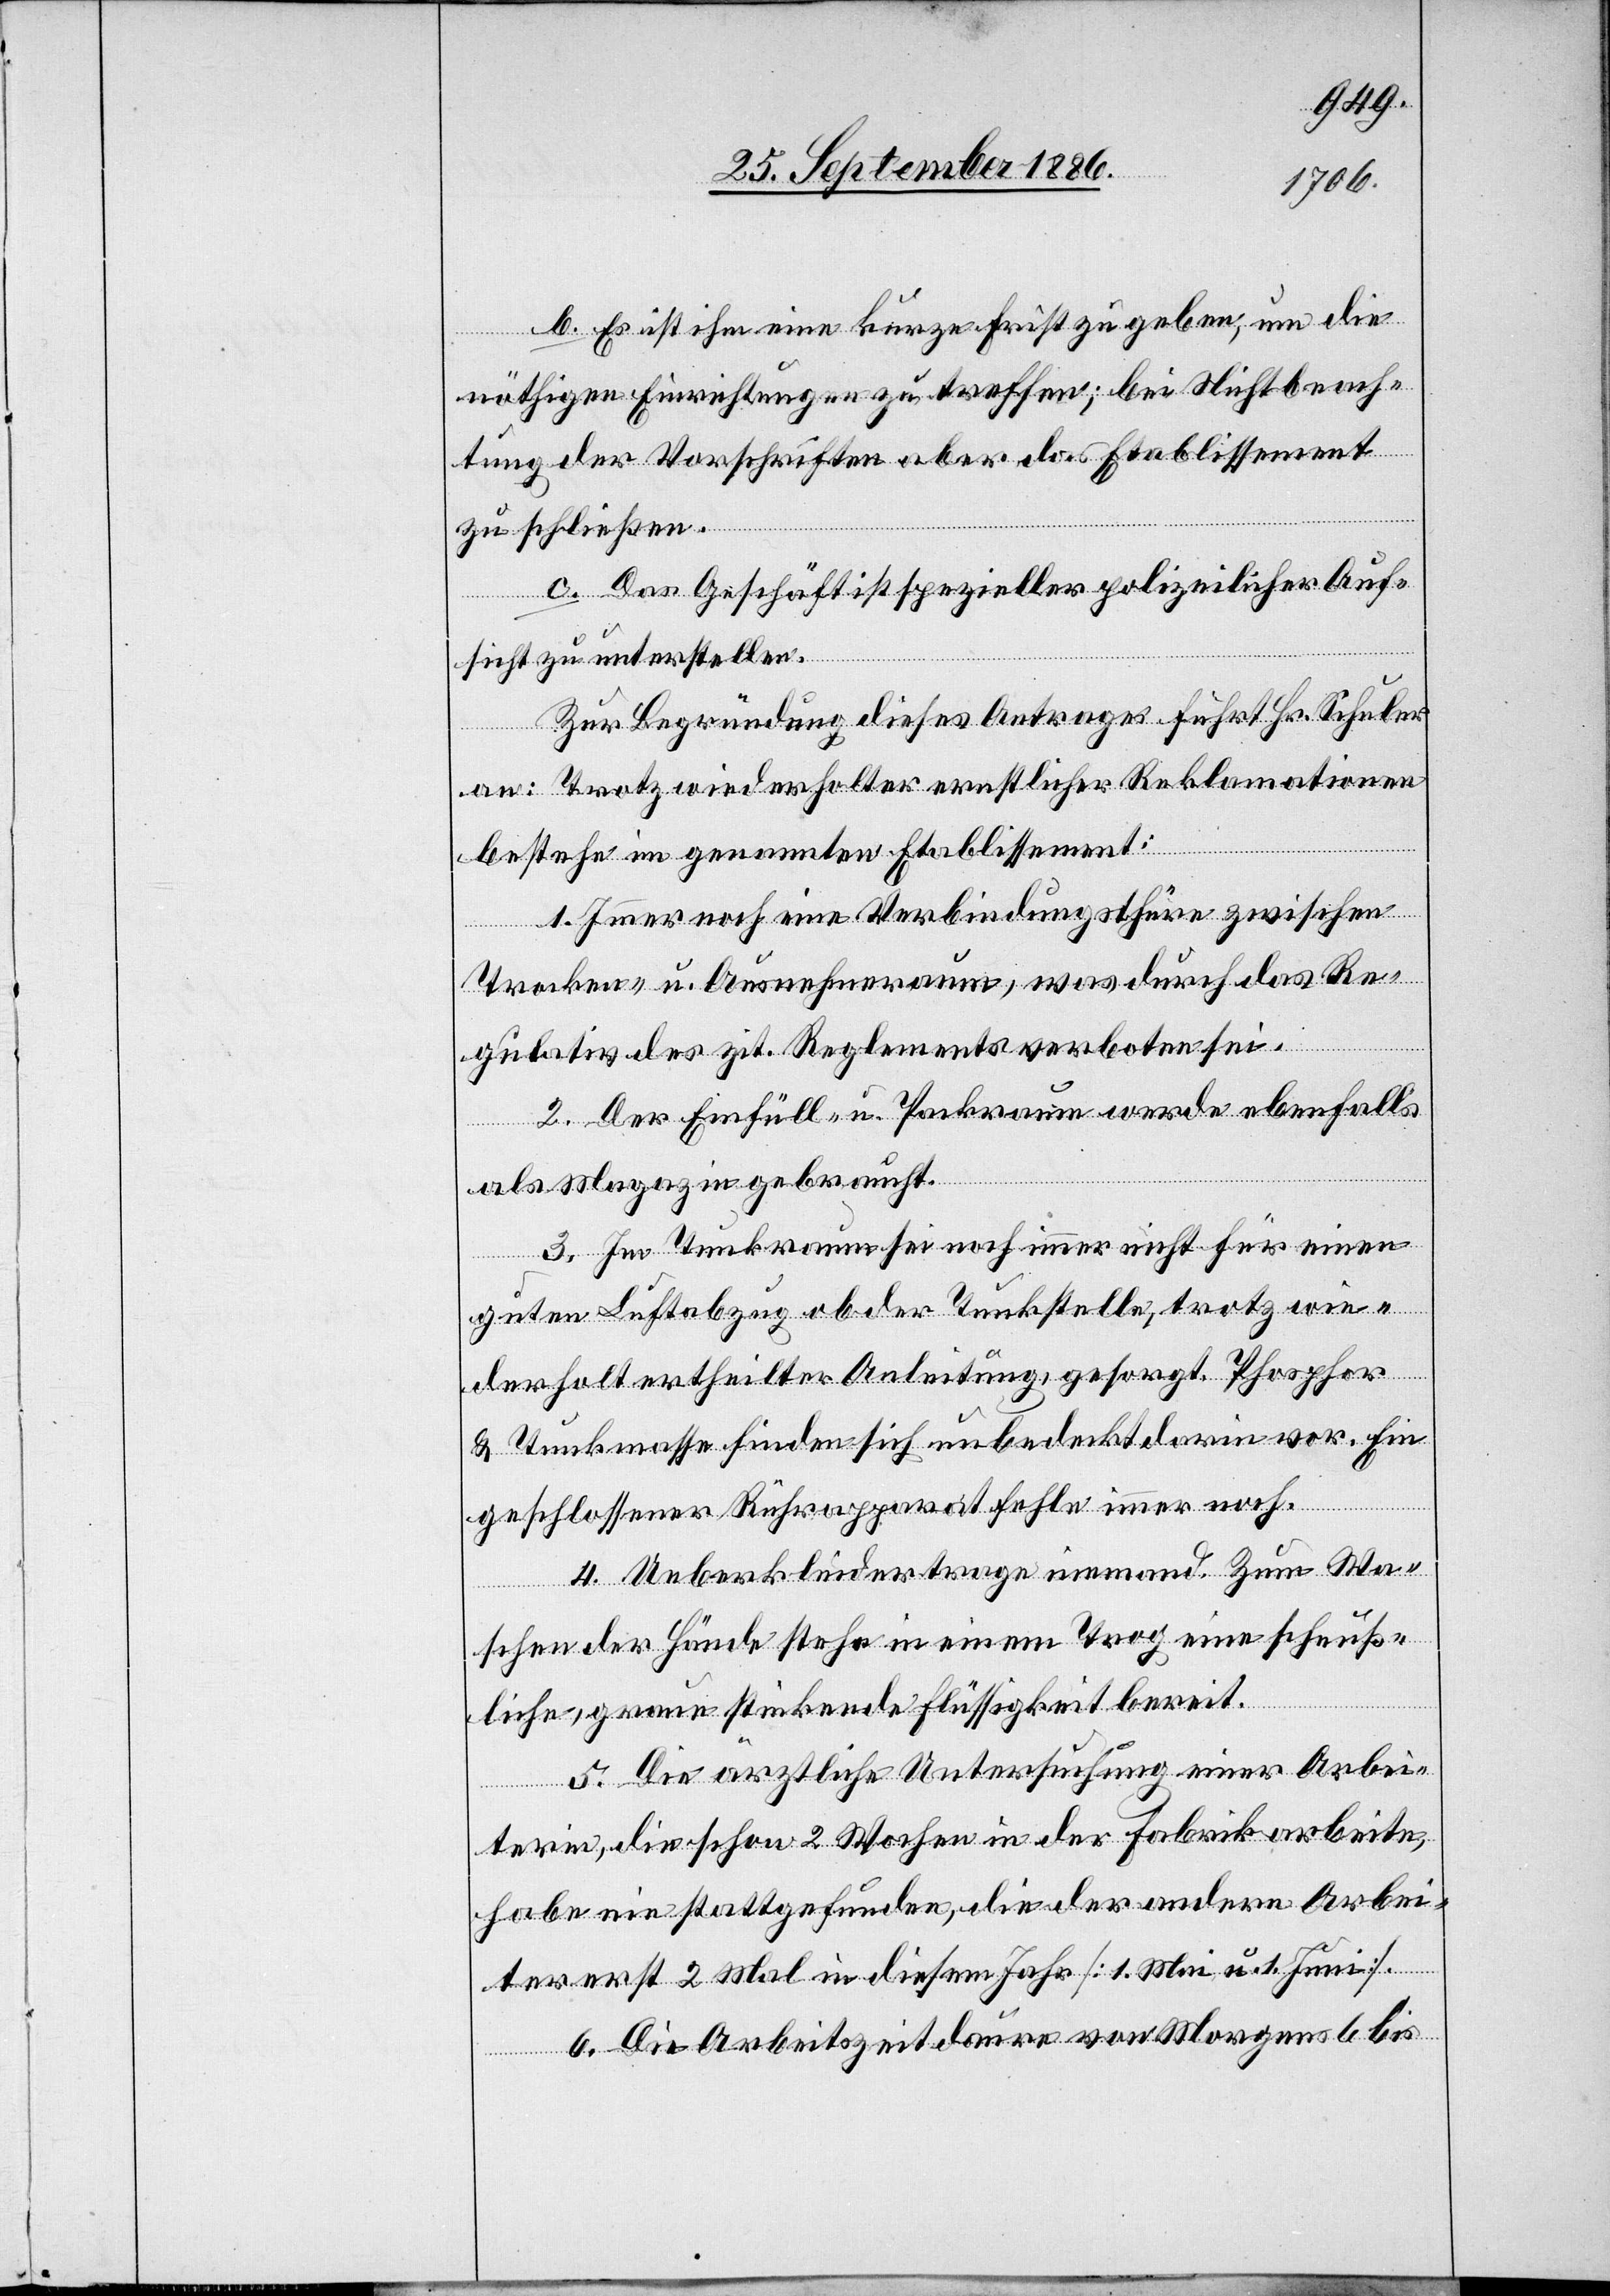
b. Es ist ihm eine kurze Frist zu geben, um die
nöthigen Einrichtungen zu treffen; bei Nichtbeach¬
tung der Vorschriften aber das Etablissement
zu schließen.
c. Das Geschäft ist spezieller polizeilicher Auf¬
sicht zu unterstellen.
Zu Begründung dieses Antrages führt Hr. Schuler
an: Trotz wiederholter ernstlicher Reklamationen
bestehe im genannten Etablissement:
1. Immer noch eine Verbindungsthüre zwischen
Trocken- u. Ausnehmeraum, was durch das Re¬
gulativ des zit. Reglements verboten sei.
2. Der Einfüll- u. Packraum werde ebenfalls
als Magazin gebraucht.
3. Im Tunkraum sei noch immer nicht für einen
guten Luftabzug ob der Tunkstelle, trotz wie¬
derholt ertheilter Anleitung, gesorgt. Phosphor
& Tunkmasse finden sich unbedeckt darin vor. Ein
geschlossener Rührapparat fehle immer noch.
4. Ueberkleider trage niemand. Zum Wa¬
schen der Hände stehe in einem Trog eine scheuß¬
liche, graue stinkende Flüssigkeit bereit.
5. Die ärztliche Untersuchung einer Arbei¬
terin, die schon 2 Wochen in der Fabrik arbeite,
habe nie stattgefunden, die der andern Arbei¬
ter erst 2 Mal in diesem Jahr [1. Mai u. 1. Juni].
6. Die Arbeitszeit daure von Morgens 6 bis